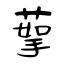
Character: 蒘